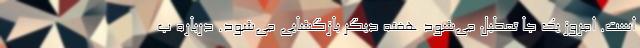
است. امروز یک جا تعطیل می‌شود هفته دیگر بازگشایی می‌شود. درباره ب